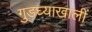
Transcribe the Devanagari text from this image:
गुडघ्याखालीं